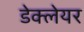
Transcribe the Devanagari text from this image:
डेक्लेयर